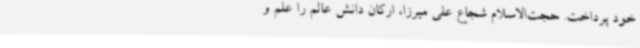
خود پرداخت. حجت‌الاسلام شجاع علی میرزا، ارکان دانش عالم را علم و